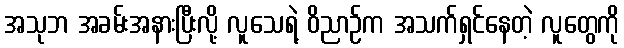
အသုဘ အခမ်းအနားပြီးလို့ လူသေရဲ့ ဝိညာဉ်က အသက်ရှင်နေတဲ့ လူတွေကို